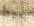
يعبروا